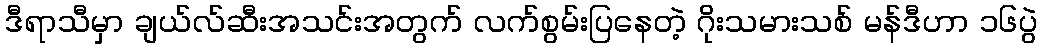
ဒီရာသီမှာ ချယ်လ်ဆီးအသင်းအတွက် လက်စွမ်းပြနေတဲ့ ဂိုးသမားသစ် မန်ဒီဟာ ၁၆ပွဲ